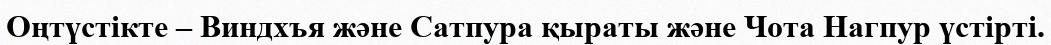
Оңтүстікте – Виндхъя және Сатпура қыраты және Чота Нагпур үстірті.